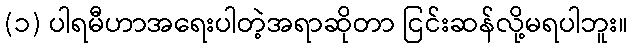
(၁) ပါရမီဟာအရေးပါတဲ့အရာဆိုတာ ငြင်းဆန်လို့မရပါဘူး။